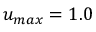
u _ { m a x } = 1 . 0